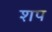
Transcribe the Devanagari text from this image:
शप